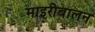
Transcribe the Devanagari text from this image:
माइरीबालन